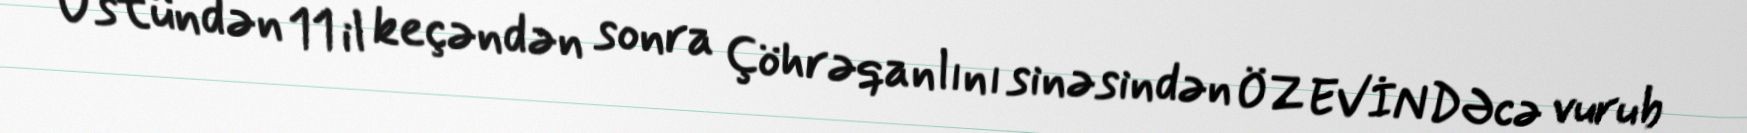
Üstündən 11 il keçəndən sonra Çöhrəqanlını sinəsindən ÖZ EVİNDƏcə vurub